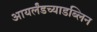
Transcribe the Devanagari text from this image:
आयर्लंडच्याडब्लिन